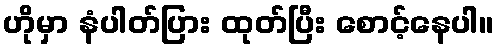
ဟိုမှာ နံပါတ်ပြား ထုတ်ပြီး စောင့်နေပါ။